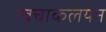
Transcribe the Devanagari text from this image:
त्वचाकलयन